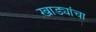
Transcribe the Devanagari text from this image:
खाड्यांचा